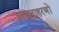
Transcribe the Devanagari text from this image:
प्रत्युदाहरणों